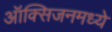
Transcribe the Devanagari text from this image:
ऑक्सिजनमध्ये